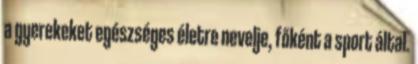
a gyerekeket egészséges életre nevelje, főként a sport által.